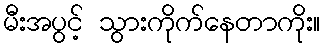
မီးအပွင့် သွားကိုက်နေတာကိုး။